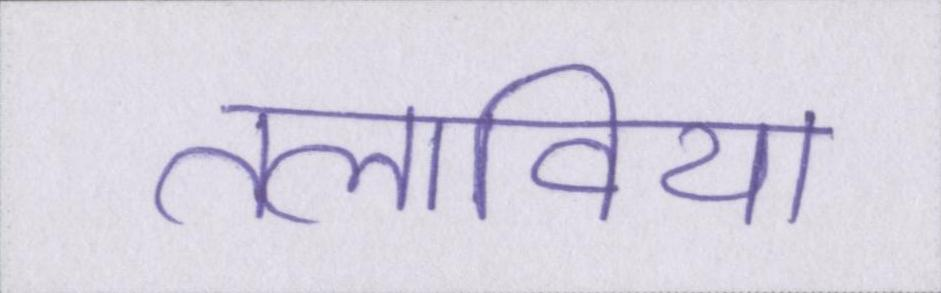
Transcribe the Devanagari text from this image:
तलाविया